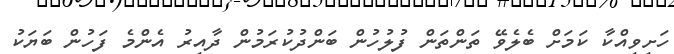
ހަށިވިއްކާ ކަމަށް ބެލެވޭ ތަންތަން ފުލުހުން ބަންދުކުރަމުން ދާއިރު އެންމެ ފަހުން ބަޔަކު